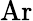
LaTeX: \mathrm{Ar}